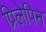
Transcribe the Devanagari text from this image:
प्रिलेपिन